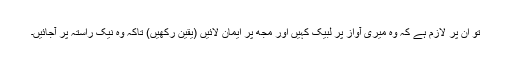
تو ان پر لازم ہے کہ وہ میری آواز پر لبیک کہیں اور مجھ پر ایمان لائیں (یقین رکھیں) تاکہ وہ نیک راستہ پر آجائیں۔